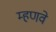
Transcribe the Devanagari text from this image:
म्हणवे